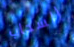
السحاب